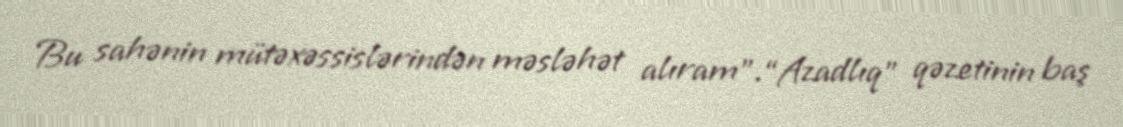
Bu sahənin mütəxəssislərindən məsləhət alıram”.“Azadlıq” qəzetinin baş